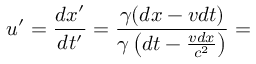
u ^ { \prime } = { \frac { d x ^ { \prime } } { d t ^ { \prime } } } = { \frac { \gamma ( d x - v d t ) } { \gamma \left( d t - { \frac { v d x } { c ^ { 2 } } } \right) } } =